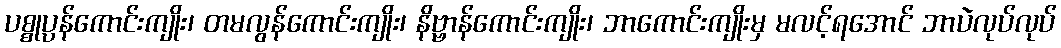
ပစ္စုပ္ပန်ကောင်းကျိုး၊ တမလွန်ကောင်းကျိုး၊ နိဗ္ဗာန်ကောင်းကျိုး၊ ဘာကောင်းကျိုးမှ မလင့်ရအောင် ဘာပဲလုပ်လုပ်